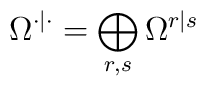
\Omega^{\cdot|\cdot}=\bigoplus_{r,s}\Omega^{r|s}